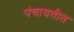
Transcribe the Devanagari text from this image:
पंचायतीत